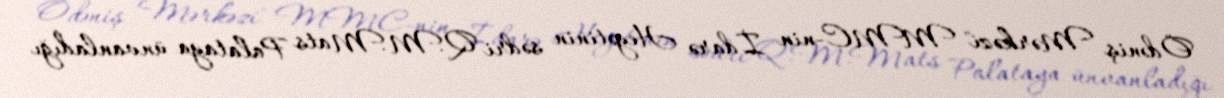
Ödəniş Mərkəzi" MMC-nin İdarə Heyətinin sədri Q.M.Mats Palataya ünvanladığı